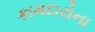
કામદારોના